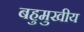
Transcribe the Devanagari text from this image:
बहुमुखीय